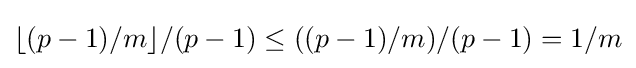
\lfloor (p-1)/m\rfloor /(p-1)\leq ((p-1)/m)/(p-1)=1/m